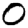
Digit: 0